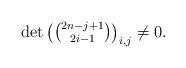
LaTeX: \begin{align*}\det\begin{pmatrix}\binom{2n-j+1}{2i-1}\end{pmatrix}_{i,j}\neq0.\end{align*}